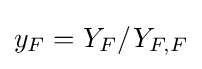
y_{F}=Y_{F}/Y_{F,F}